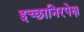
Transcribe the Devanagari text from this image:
इच्छानिरपेक्ष